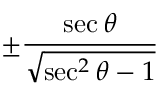
\pm { \frac { \sec \theta } { \sqrt { \sec ^ { 2 } \theta - 1 } } }